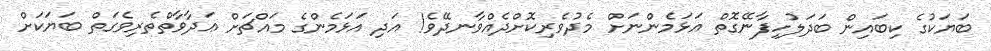
ބަޔަކުގެ ކިބައިން ބަދަލުހިފާނޭގޮތް އަޅަމެންނަށް މެދުވެރިކޮށްދެއްވާނދޭވެ! އަދި އަޅަމެންގެ މައްޗަށް ޢަދާވާތްތެރިވެގަތް ބަޔަކަށް